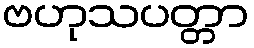
ဗဟုသပတ္တာ